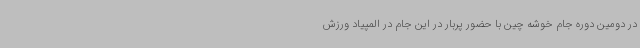
در دومین دوره جام خوشه چین با حضور پربار در این جام در المپیاد ورزش